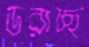
ডরাচ্ছ